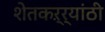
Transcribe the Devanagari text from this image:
शेतकऱ्र्‍यांठी